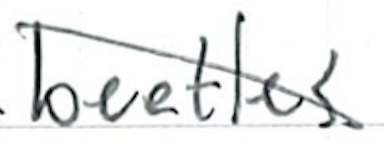
Text: beetles
Cross-out: diagonal
Writing tool: ballpoint